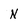
Character: N